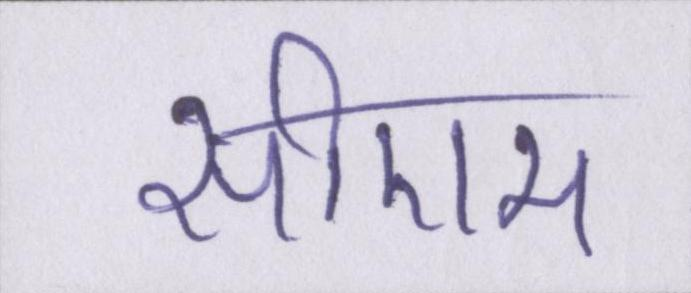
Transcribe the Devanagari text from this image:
सीएम